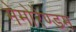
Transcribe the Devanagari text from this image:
मेमोरेण्डम